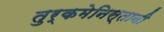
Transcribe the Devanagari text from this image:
तुर्कमेनिस्तानी